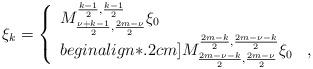
LaTeX: \begin{align*}\xi_k=\left\{\begin{array}{ll} M^{\frac{k-1}{2},\frac{k-1}{2}}_{\frac{\nu+k-1}{2},\frac{2m-\nu}{2}}\xi_0 &\\begin{align*}.2cm] M^{\frac{2m-k}{2},\frac{2m-\nu-k}{2}}_{\frac{2m-\nu-k}{2},\frac{2m-\nu}{2}}\xi_0&,\end{array}\right.\end{align*}